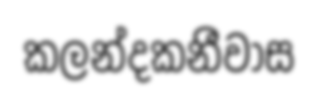
කලන්දකනීවාස